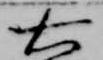
右